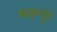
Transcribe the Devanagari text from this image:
बारूपुर